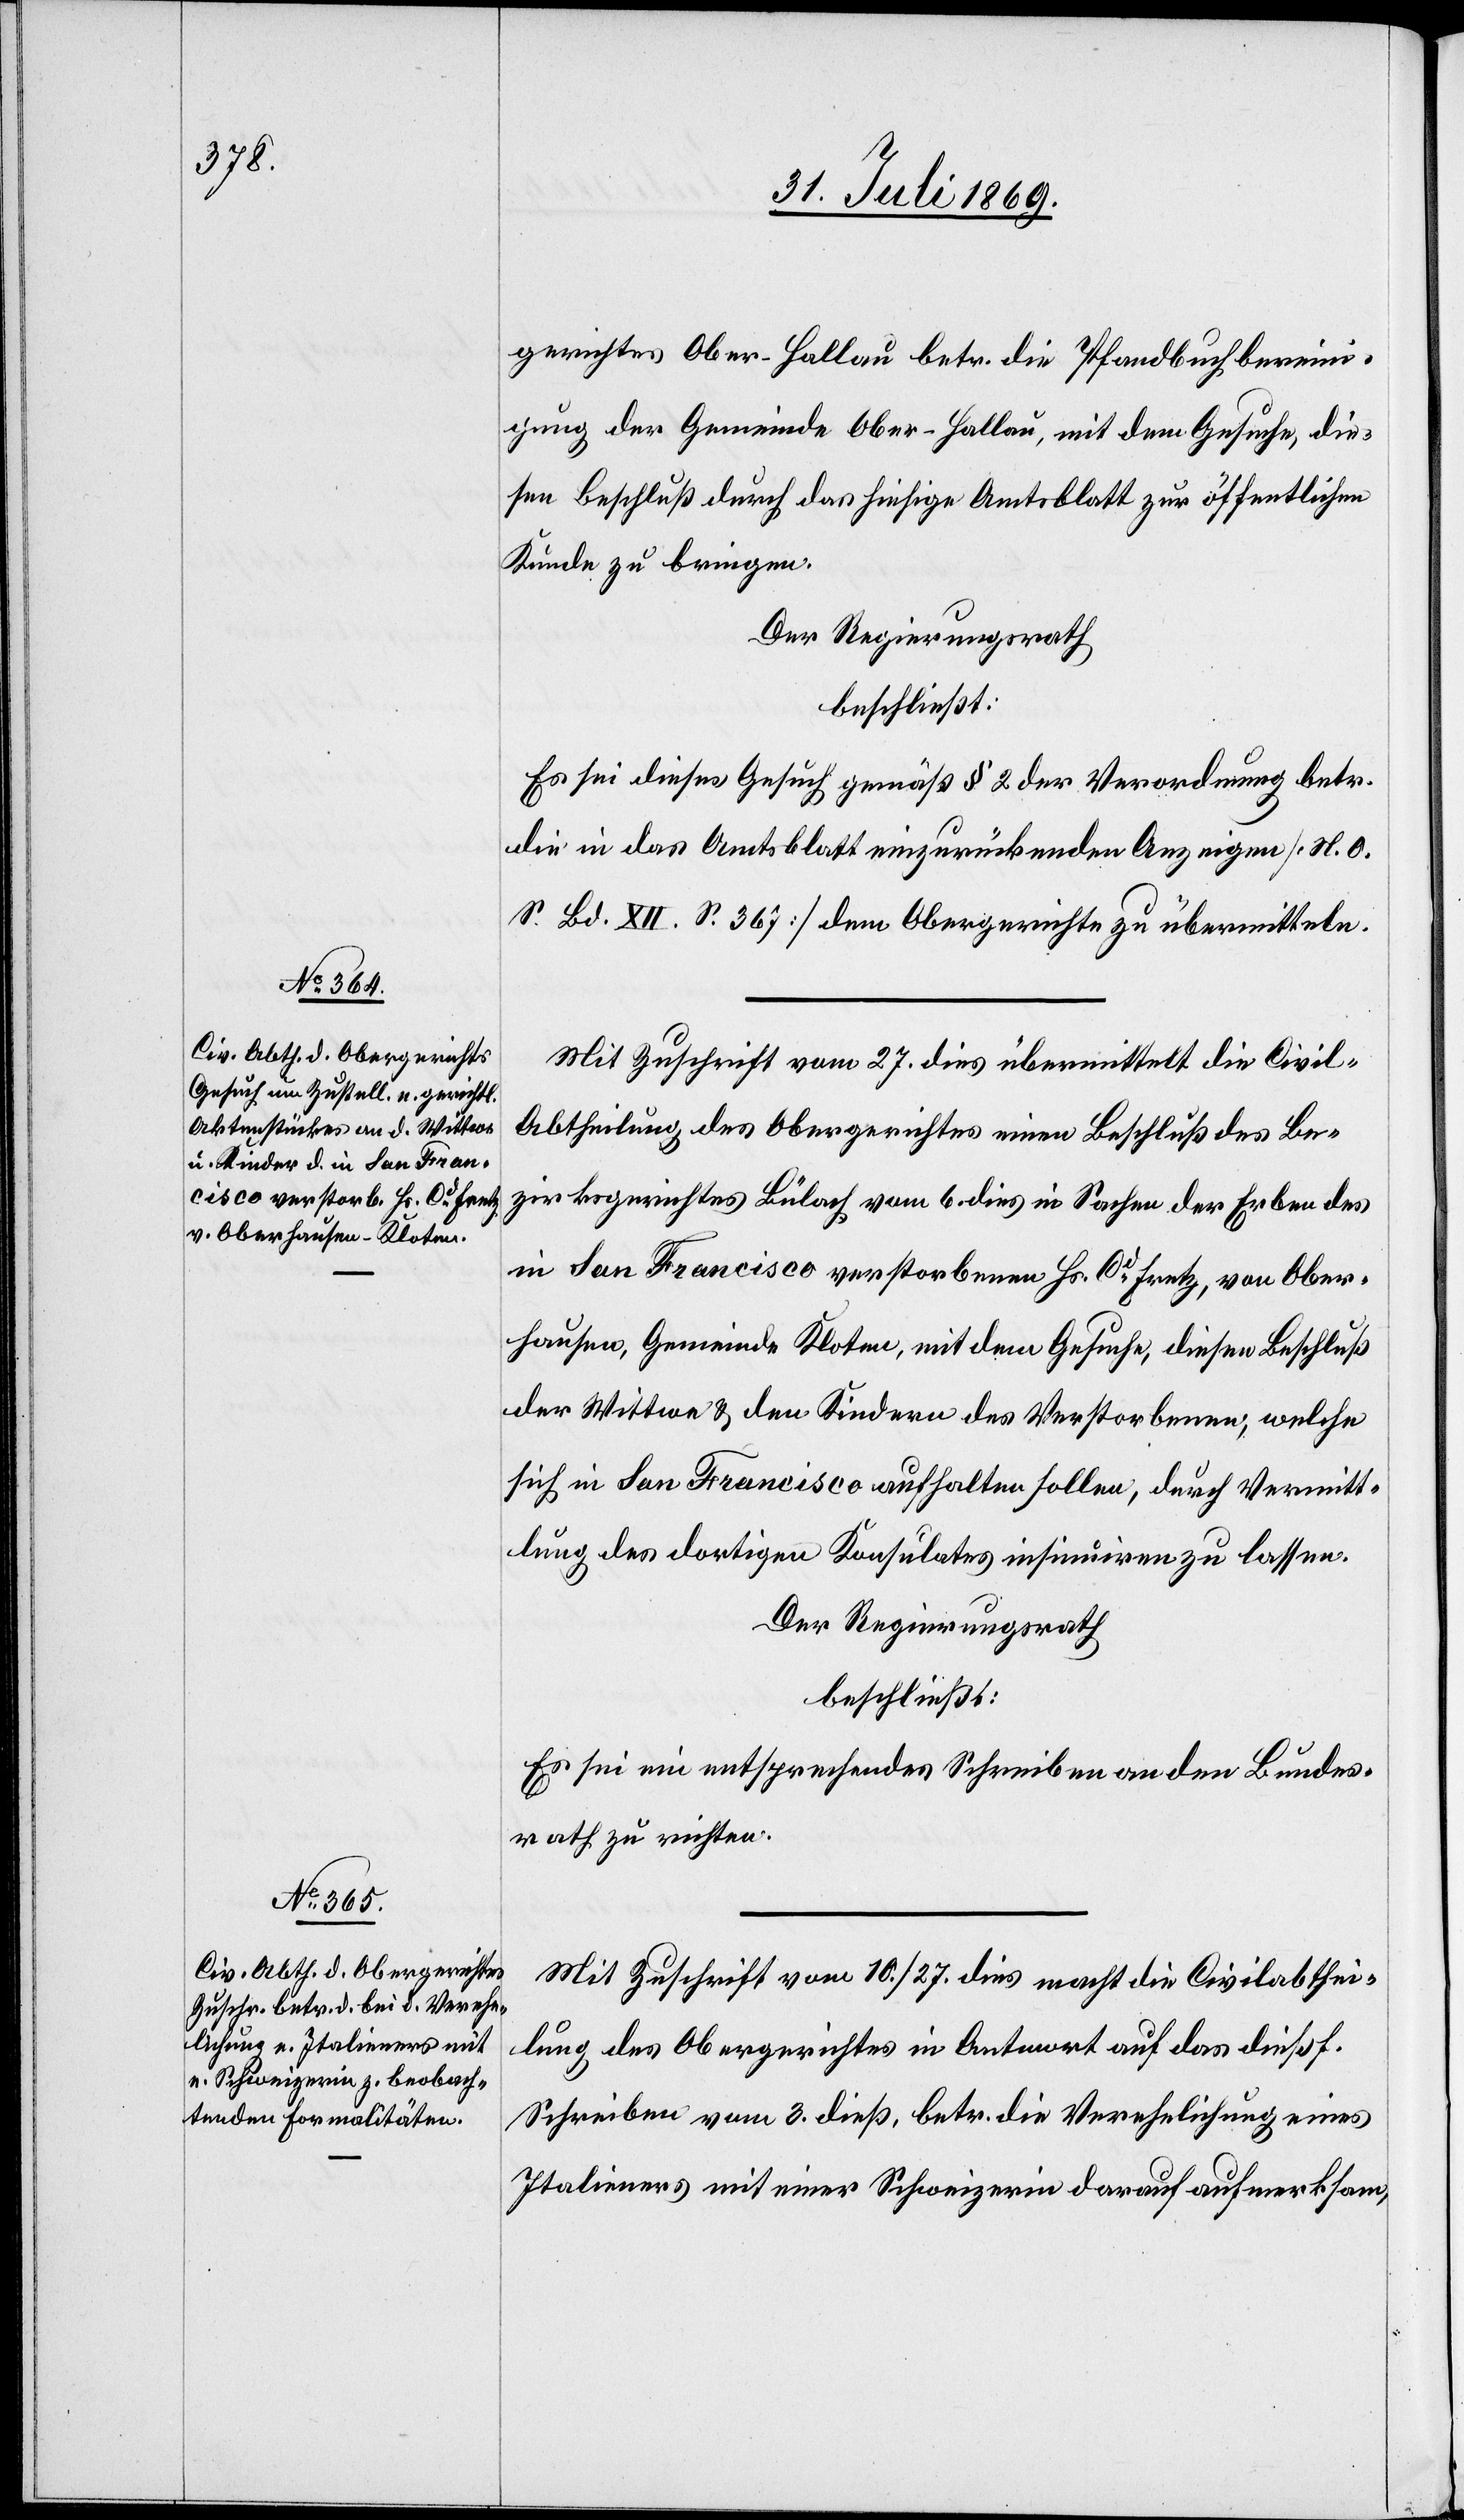
gerichtes Ober-Hallau betr. die Pfandbuchbereini¬
gung der Gemeinde Ober-Hallau, mit dem Gesuche, die¬
sen Beschluß durch das hiesige Amtsblatt zur öffentlichen
Kunde zu bringen.
Der Regierungsrath
beschließt:
Es sei dieses Gesuch gemäß § 2 der Verordnung betr.
die in das Amtsblatt einzurückenden Anzeigen [H. O.
S. Bd. XII S. 367] dem Obergerichte zu übermitteln.
Mit Zuschrift vom 27. dies übermittelt die Civil-A¬
btheilung des Obergerichtes einen Beschluß des Be¬
zirksgerichtes Bülach vom 6. dies in Sachen der Erben des
in San Francisco verstorbenen Hs. Cd Fretz, von Ober¬
hausen, Gemeinde Kloten, mit dem Gesuche, diesen Beschluß
der Wittwe & den Kindern des Verstorbenen, welche
sich in San Francisco aufhalten sollen, durch Vermitt¬
lung des dortigen Konsulates insinuiren zu lassen.
Der Regierungsrath
beschließt:
Es sei ein entsprechendes Schreiben an den Bundes¬
rath zu richten.
Mit Zuschrift vom 10./27. dies macht die Civilabthei¬
lung des Obergerichtes in Antwort auf das dießf.
Schreiben vom 3. dieß, betr. die Verehelichung eines
Italieners mit einer Schweizerin darauf aufmerksam,